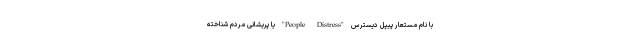
با نام مستعار پیپل دیسترس "People Distress" یا پریشانی مردم شناخته